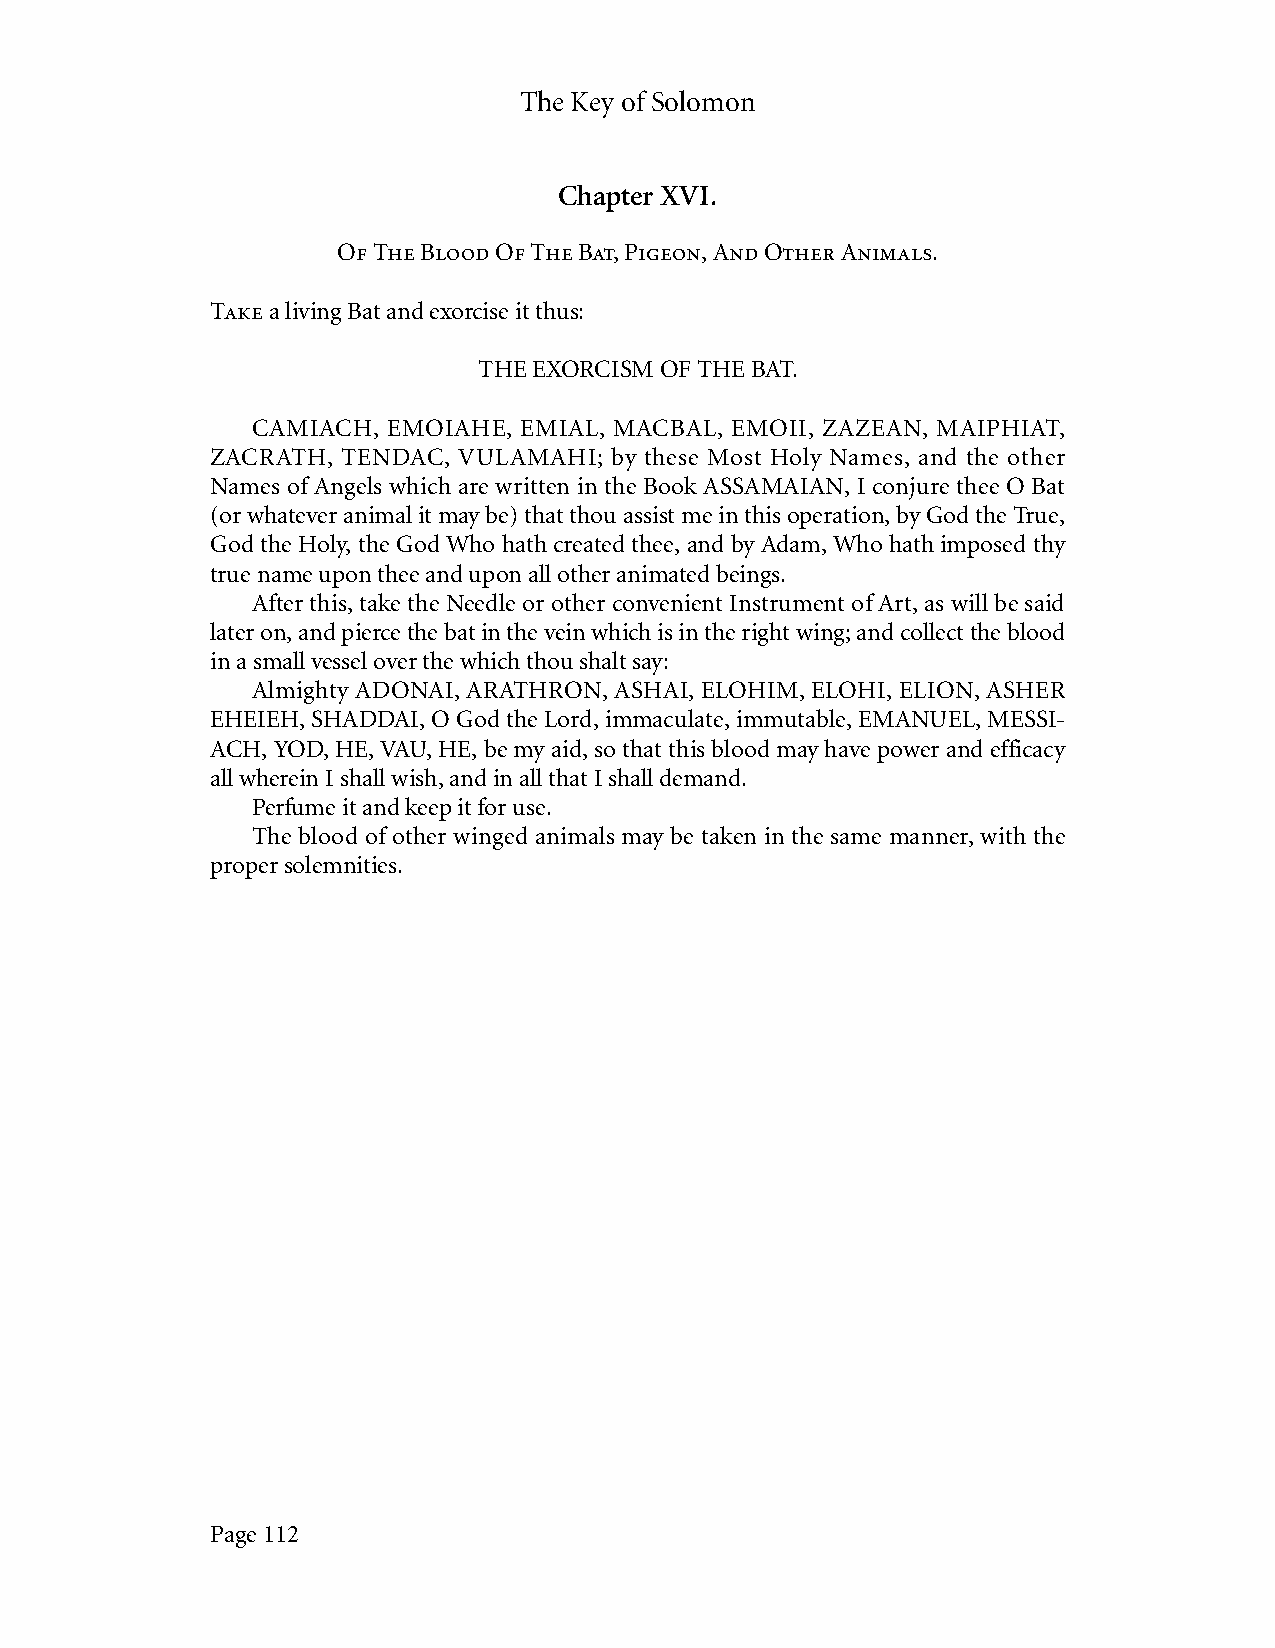
The Key of Solomon
 Chapter XVI.
 Of The Blood Of The Bat, Pigeon, And Other Animals.
 Take a living Bat and exorcise it thus:
 THE EXORCISM OF THE BAT.
 CAMIACH, EMOIAHE, EMIAL, MACBAL, EMOII, ZAZEAN, MAIPHIAT,
 ZACRATH, TENDAC, VULAMAHI; by these Most Holy Names, and the other
 Names of Angels which are written in the Book ASSAMAIAN, I conjure thee O Bat
 (or whatever animal it may be) that thou assist me in this operation, by God the True,
 God the Holy, the God Who hath created thee, and by Adam, Who hath imposed thy
 true name upon thee and upon all other animated beings.
 After this, take the Needle or other convenient Instrument of Art, as will be said
 later on, and pierce the bat in the vein which is in the right wing; and collect the blood
 in a small vessel over the which thou shalt say:
 Almighty ADONAI, ARATHRON, ASHAI, ELOHIM, ELOHI, ELION, ASHER
 EHEIEH, SHADDAI, O God the Lord, immaculate, immutable, EMANUEL, MESSI-
 ACH, YOD, HE, VAU, HE, be my aid, so that this blood may have power and efficacy
 all wherein I shall wish, and in all that I shall demand.
 Perfume it and keep it for use.
 The blood of other winged animals may be taken in the same manner, with the
 proper solemnities.
 Page 112